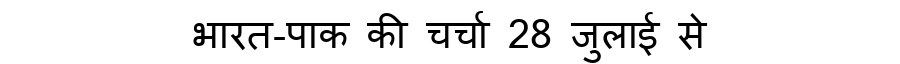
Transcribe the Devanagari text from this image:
भारत-पाक की चर्चा 28 जुलाई से